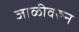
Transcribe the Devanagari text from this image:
जाळीवरून